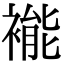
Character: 褦